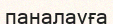
паналауға